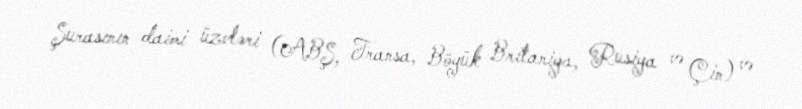
Şurasının daimi üzvləri (ABŞ, Fransa, Böyük Britaniya, Rusiya və Çin) və